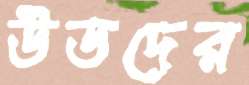
উডদের